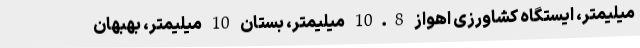
میلیمتر، ایستگاه کشاورزی اهواز 10.8 میلیمتر، بستان 10 میلیمتر، بهبهان